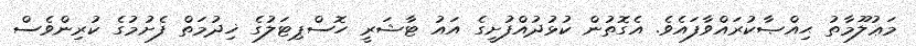
މަޢުލޫމާތު ޙިއްޞާކުރައްވާފައެވެ. އެގޮތުން ކުޅުދުއްފުށީގެ އައު ޓާޝަރީ ހޮސްޕިޓަލުގެ ޚިދުމަތް ފެށުމުގެ ކުރިންވެސް